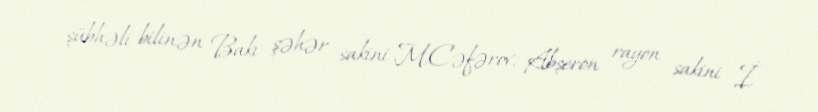
şübhəli bilinən Bakı şəhər sakini M.Cəfərov, Abşeron rayon sakini İ.